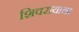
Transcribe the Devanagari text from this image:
शिवरायाना